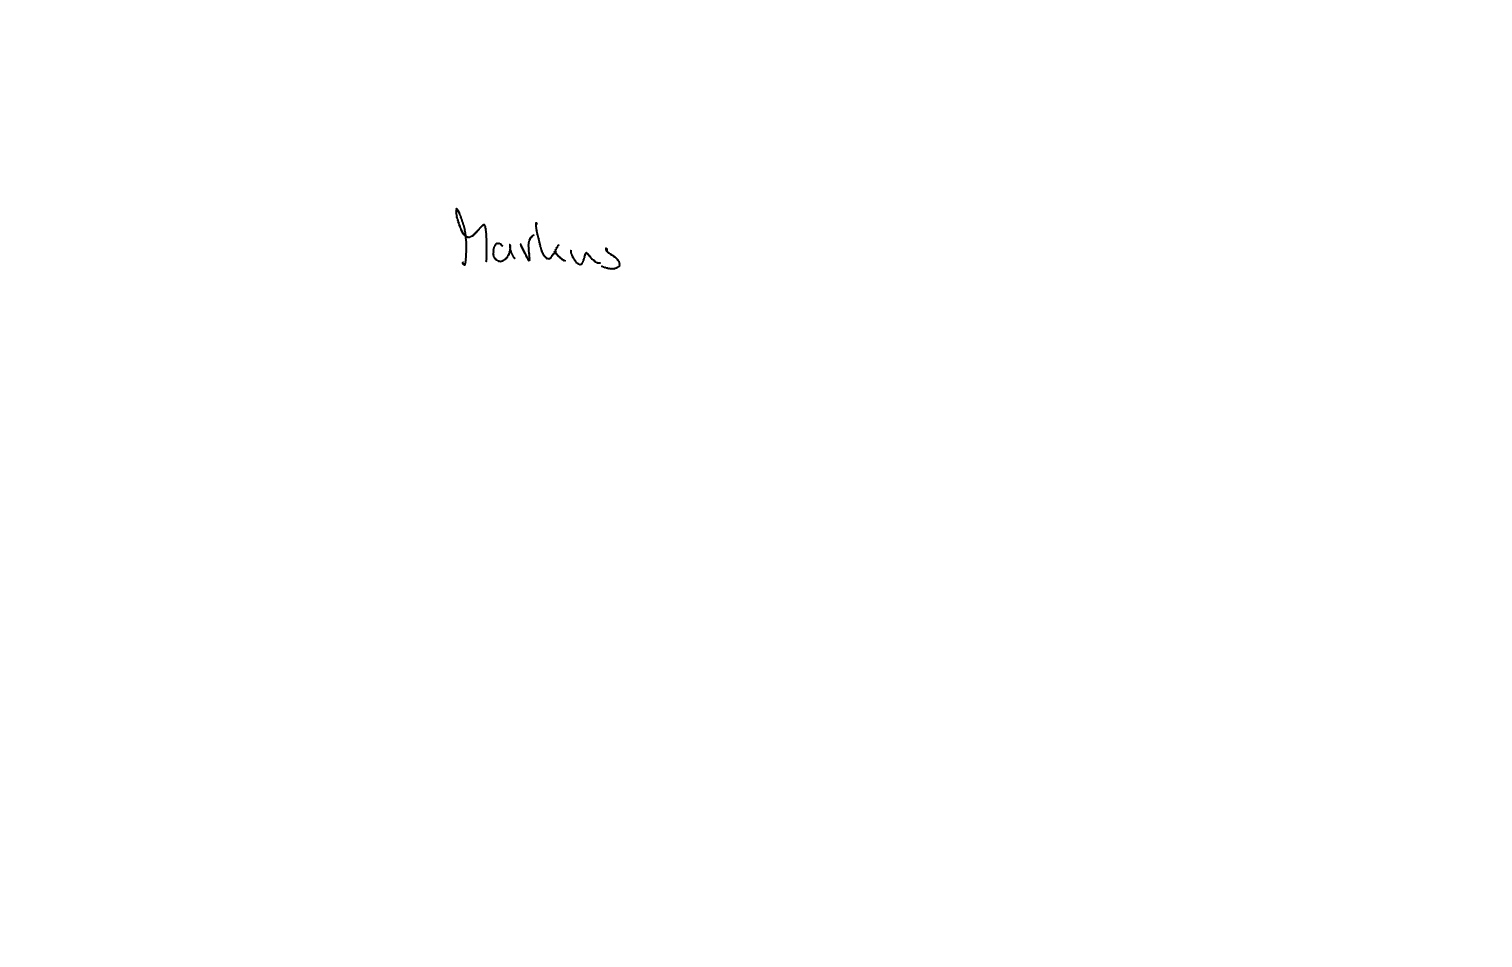
Text: Markus